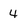
Character: 4